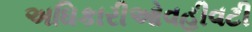
અઘિકારીઓવહીવટી